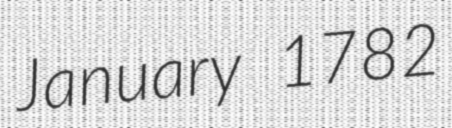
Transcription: January 1782